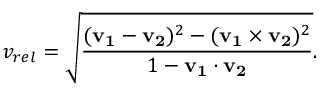
v _ { r e l } = { \sqrt { \frac { ( \mathbf { v _ { 1 } } - \mathbf { v _ { 2 } } ) ^ { 2 } - ( \mathbf { v _ { 1 } } \times \mathbf { v _ { 2 } } ) ^ { 2 } } { 1 - \mathbf { v _ { 1 } } \cdot \mathbf { v _ { 2 } } } } } .